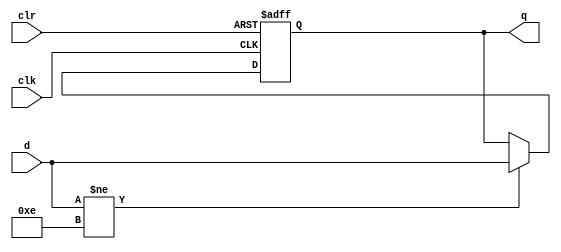
// 
// d:    q:    clk:    clr:
module register(d,q,clk,clr);
	input[3:0] d;
	output reg [3:0] q;
	input clk,clr;
	always@(posedge clk or posedge clr)
		begin
			if(clr) 
				q <= 4'b0000;
			else if (d != 4'b1110)
				q <= d;
		end
endmodule